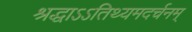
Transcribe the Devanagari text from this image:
श्रद्धाऽऽतिथ्यमदर्चनम्